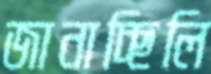
জানাচ্ছিলি